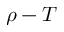
\rho - T